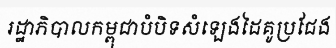
រដ្ឋាភិបាលកម្ពុជាបំបិទសំឡេងដៃគូប្រជែង